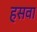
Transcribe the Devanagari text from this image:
हसवा